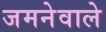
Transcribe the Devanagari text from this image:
जमनेवाले